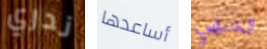
ندري أساعدها الجبهي